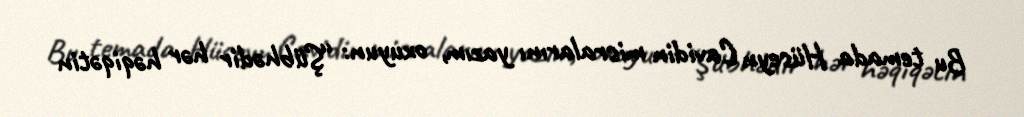
Bu temada Hüseyn Cavidin misralarını yazım, oxuyun: “Şübhədir hər həqiqətin